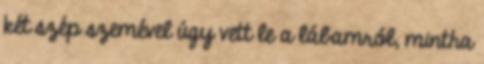
két szép szemével úgy vett le a lábamról, mintha